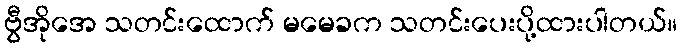
ဗွီအိုအေ သတင်းထောက် မမေခက သတင်းပေးပို့ထားပါတယ်။